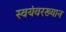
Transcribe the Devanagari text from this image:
स्वयंवरख्यान